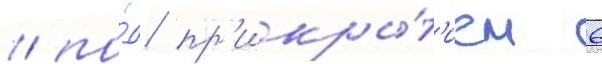
/ по́д пр'икры́т'ием 6